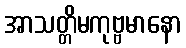
အာသတ္တိမကုဗ္ဗမာနော